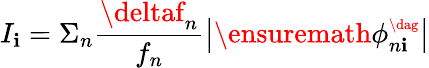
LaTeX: I_{\mathbf{i}}=\Sigma_{n}\frac{{\deltaf_{n}}}{{f_{n}}}\left|\ensuremath{{\phi_{n\mathbf{i}}^{\scriptscriptstyle\dag}}}\right|